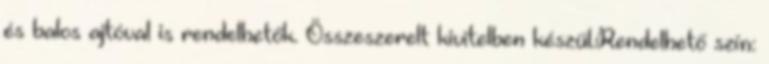
és balos ajtóval is rendelhetők. Összeszerelt kivitelben készül.Rendelhető szín: